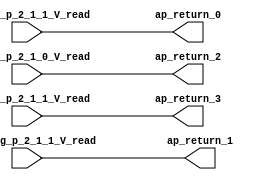
module sp_find_segment_n1_62 (
        ph_seg_p_2_1_1_V_read,
        th_seg_p_2_1_0_V_read,
        th_seg_p_2_1_1_V_read,
        cpat_seg_p_2_1_1_V_read,
        ap_return_0,
        ap_return_1,
        ap_return_2,
        ap_return_3
);


input  [11:0] ph_seg_p_2_1_1_V_read;
input  [6:0] th_seg_p_2_1_0_V_read;
input  [6:0] th_seg_p_2_1_1_V_read;
input  [3:0] cpat_seg_p_2_1_1_V_read;
output  [11:0] ap_return_0;
output  [3:0] ap_return_1;
output  [6:0] ap_return_2;
output  [6:0] ap_return_3;

assign ap_return_0 = ph_seg_p_2_1_1_V_read;

assign ap_return_1 = cpat_seg_p_2_1_1_V_read;

assign ap_return_2 = th_seg_p_2_1_0_V_read;

assign ap_return_3 = th_seg_p_2_1_1_V_read;

endmodule